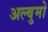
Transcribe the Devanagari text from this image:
अल्बुमो